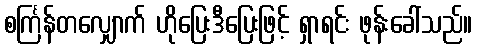
စင်္ကြန်တလျှောက် ဟိုပြေးဒီပြေးဖြင့် ရှာရင်း ဖုန်းခေါ်သည်။